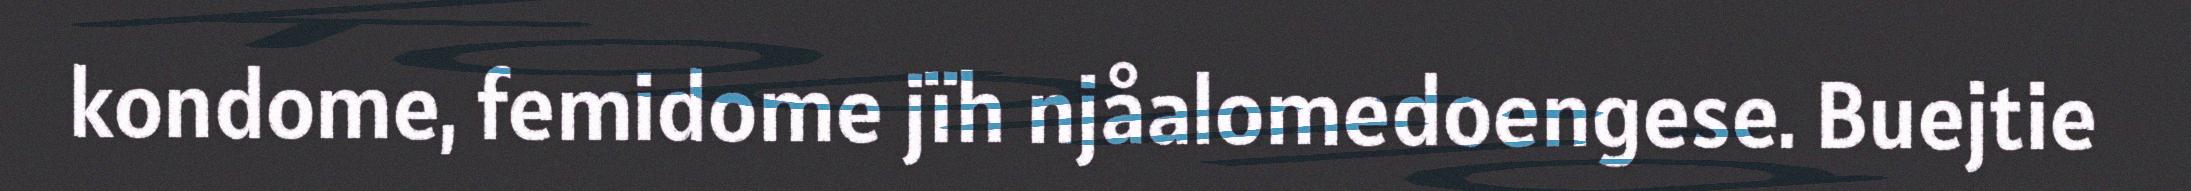
kondome, femidome jïh njåalomedoengese. Buejtie